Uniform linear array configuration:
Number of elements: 12
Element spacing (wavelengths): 0.75
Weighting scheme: blackman
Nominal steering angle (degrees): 30
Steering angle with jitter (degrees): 28.241
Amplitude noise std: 0.05
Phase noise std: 0.05

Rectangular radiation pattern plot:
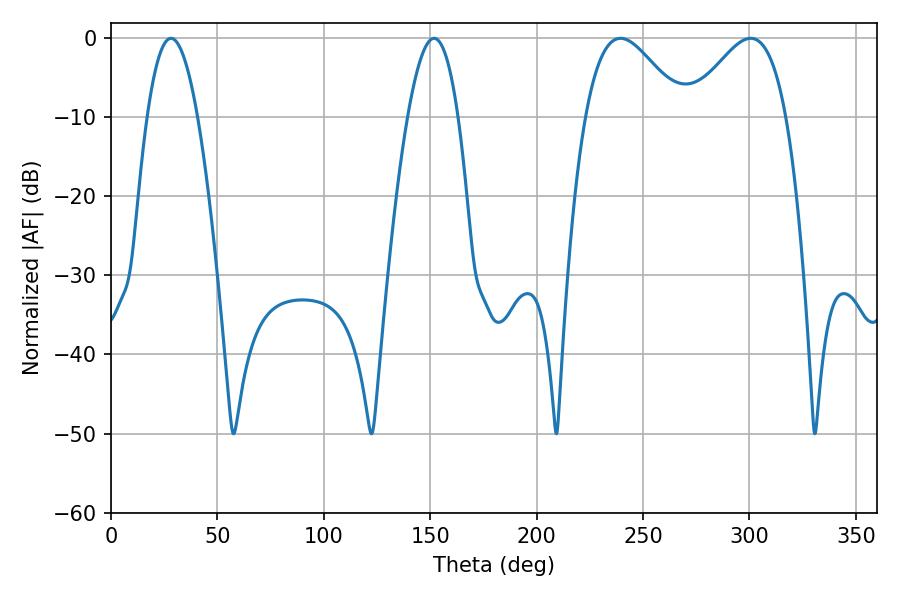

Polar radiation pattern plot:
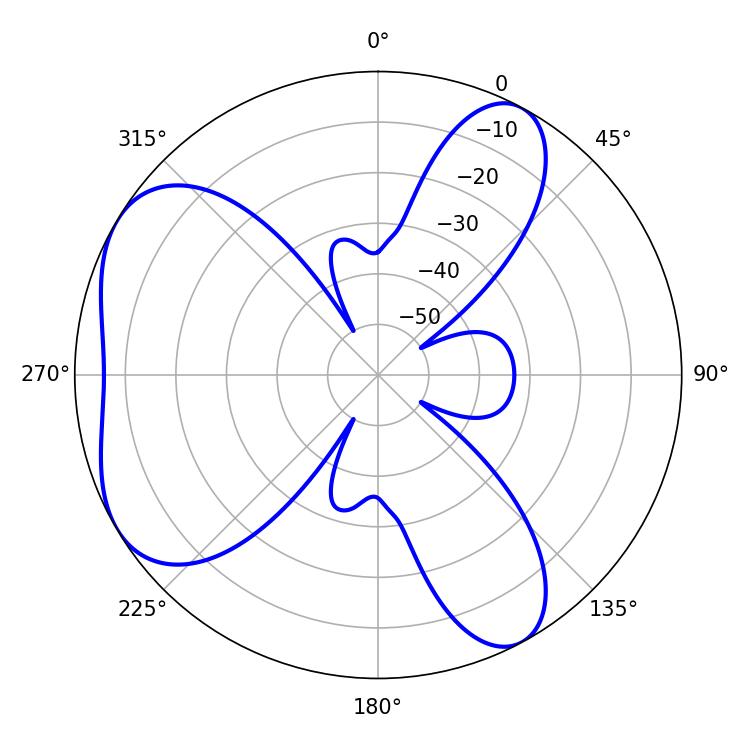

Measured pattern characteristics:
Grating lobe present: TRUE
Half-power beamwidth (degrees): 24.48
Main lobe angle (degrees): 239.4